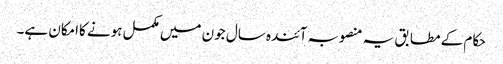
حکام کے مطابق یہ منصوبہ آئندہ سال جون میں مکمل ہونے کاامکان ہے۔